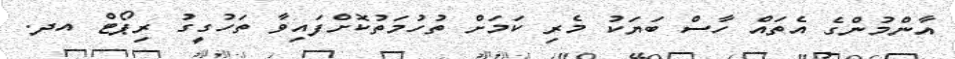
އާންމުންގެ އެތައް ހާސް ބަޔަކު މެރި ކަމަށް ތުހުމަތުކޮށްފައިވާ ތަހުގީގު ރިޕޯޓް އދ.